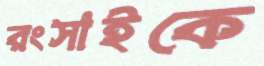
রংসাইকে